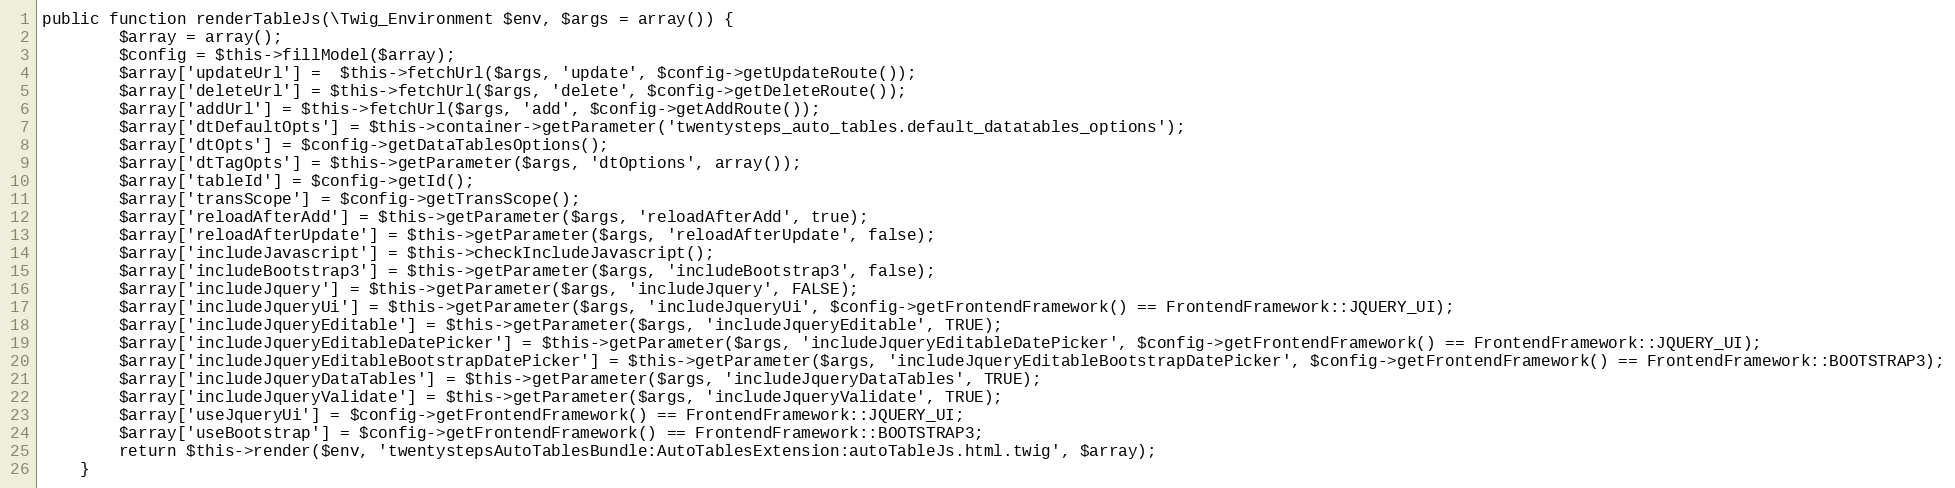
Language: PHP
public function renderTableJs(\Twig_Environment $env, $args = array()) {
        $array = array();
        $config = $this->fillModel($array);
        $array['updateUrl'] =  $this->fetchUrl($args, 'update', $config->getUpdateRoute());
        $array['deleteUrl'] = $this->fetchUrl($args, 'delete', $config->getDeleteRoute());
        $array['addUrl'] = $this->fetchUrl($args, 'add', $config->getAddRoute());
        $array['dtDefaultOpts'] = $this->container->getParameter('twentysteps_auto_tables.default_datatables_options');
        $array['dtOpts'] = $config->getDataTablesOptions();
        $array['dtTagOpts'] = $this->getParameter($args, 'dtOptions', array());
        $array['tableId'] = $config->getId();
        $array['transScope'] = $config->getTransScope();
        $array['reloadAfterAdd'] = $this->getParameter($args, 'reloadAfterAdd', true);
        $array['reloadAfterUpdate'] = $this->getParameter($args, 'reloadAfterUpdate', false);
        $array['includeJavascript'] = $this->checkIncludeJavascript();
        $array['includeBootstrap3'] = $this->getParameter($args, 'includeBootstrap3', false);
        $array['includeJquery'] = $this->getParameter($args, 'includeJquery', FALSE);
        $array['includeJqueryUi'] = $this->getParameter($args, 'includeJqueryUi', $config->getFrontendFramework() == FrontendFramework::JQUERY_UI);
        $array['includeJqueryEditable'] = $this->getParameter($args, 'includeJqueryEditable', TRUE);
        $array['includeJqueryEditableDatePicker'] = $this->getParameter($args, 'includeJqueryEditableDatePicker', $config->getFrontendFramework() == FrontendFramework::JQUERY_UI);
        $array['includeJqueryEditableBootstrapDatePicker'] = $this->getParameter($args, 'includeJqueryEditableBootstrapDatePicker', $config->getFrontendFramework() == FrontendFramework::BOOTSTRAP3);
        $array['includeJqueryDataTables'] = $this->getParameter($args, 'includeJqueryDataTables', TRUE);
        $array['includeJqueryValidate'] = $this->getParameter($args, 'includeJqueryValidate', TRUE);
        $array['useJqueryUi'] = $config->getFrontendFramework() == FrontendFramework::JQUERY_UI;
        $array['useBootstrap'] = $config->getFrontendFramework() == FrontendFramework::BOOTSTRAP3;
        return $this->render($env, 'twentystepsAutoTablesBundle:AutoTablesExtension:autoTableJs.html.twig', $array);
    }